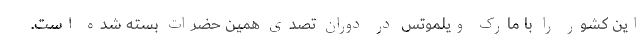
این کشور را با مارک ویلموتس در دوران تصدی همین حضرات بسته شده است.